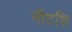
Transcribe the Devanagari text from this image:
नीटशि